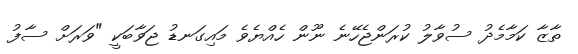
ތާޒާ ކަމާމެދު ސުވާލު ކުރަންޖެހޭނެ ނޫން ހެއްޔެވެ މައިގަނޑު ޖަވާބަކީ "ވަރަށް ސާފު